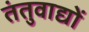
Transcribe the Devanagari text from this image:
तंतुवाद्यों